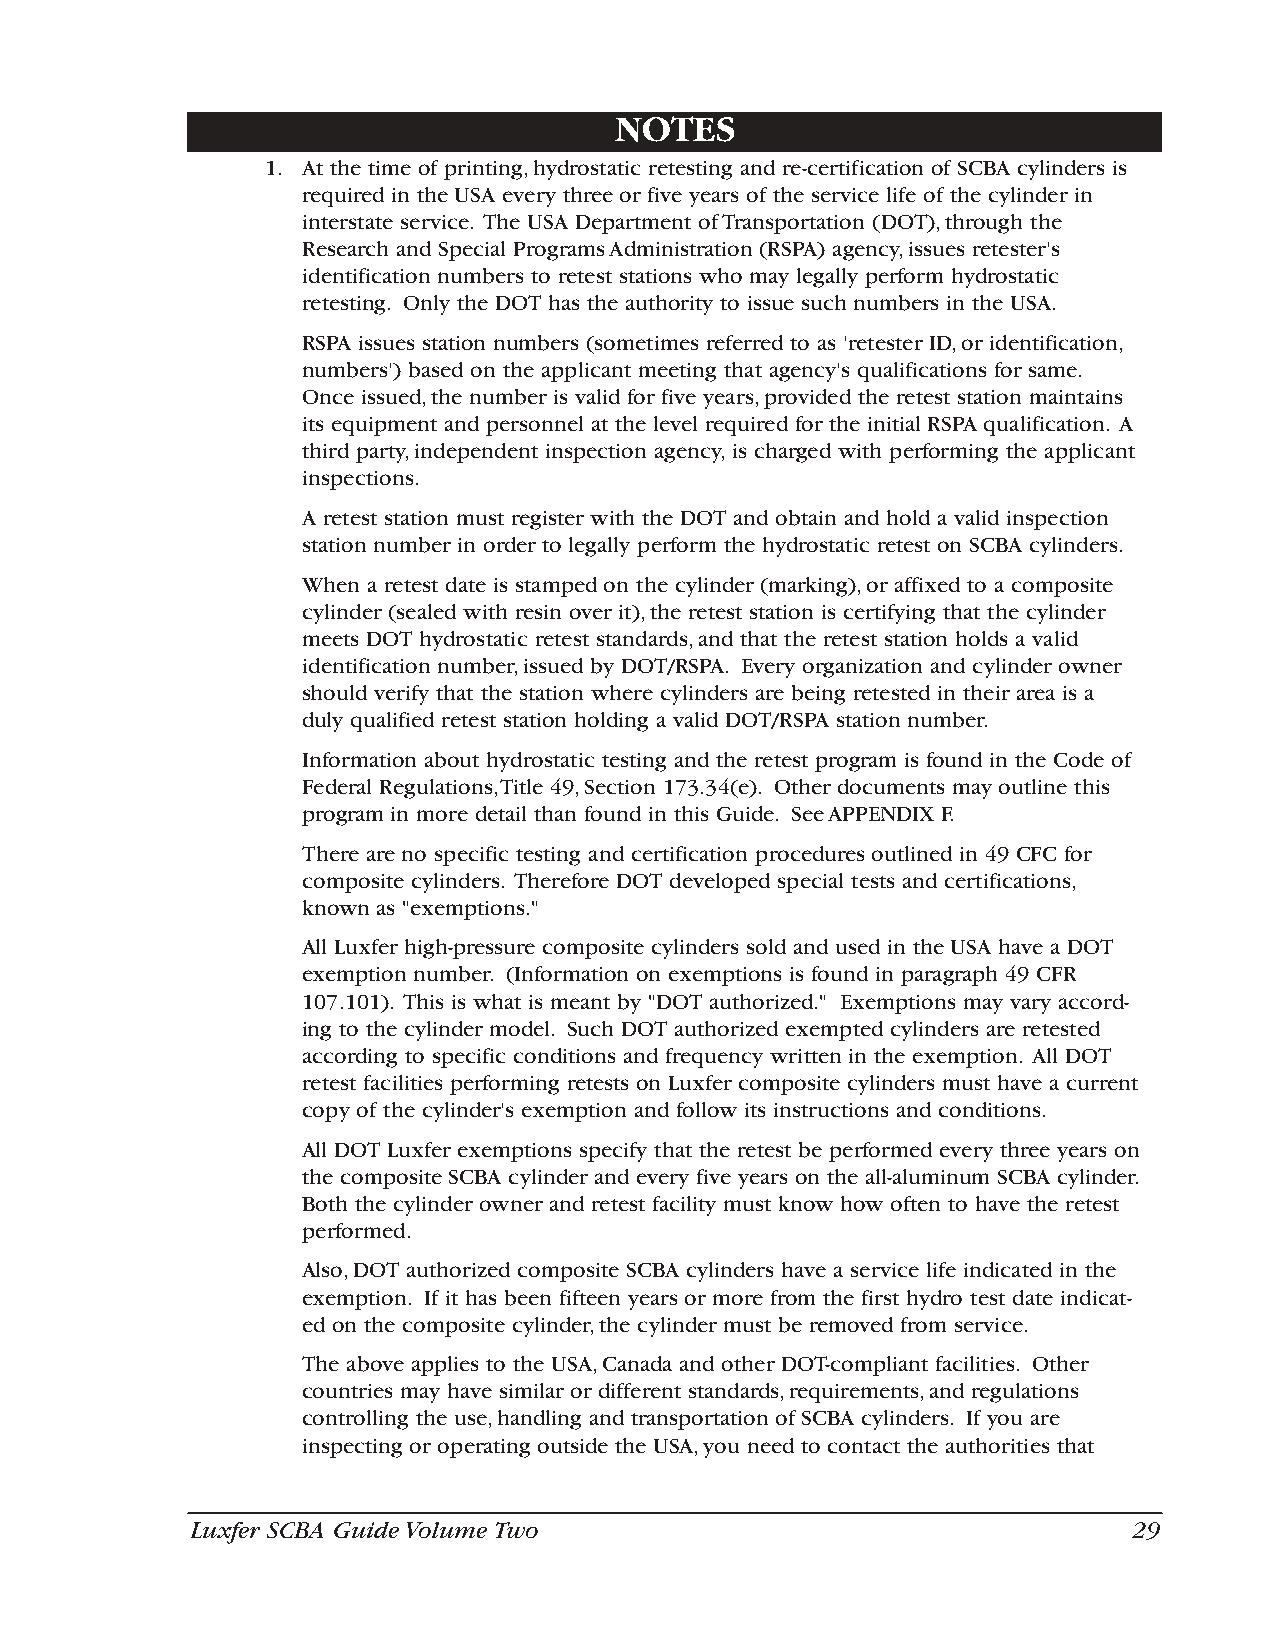
NOTES
 1. At the time of printing,hydrostatic retesting and re-certification of SCBA cylinders is
 required in the USA every three or five years of the service life of the cylinder in
 interstate service. The USA Department of Transportation (DOT),through the
 Research and Special Programs Administration (RSPA) agency,issues retester's
 identification numbers to retest stations who may legally perform hydrostatic
 retesting. Only the DOT has the authority to issue such numbers in the USA.
 RSPA issues station numbers (sometimes referred to as 'retester ID,or identification,
 numbers') based on the applicant meeting that agency's qualifications for same.
 Once issued,the number is valid for five years,provided the retest station maintains
 its equipment and personnel at the level required for the initial RSPA qualification. A
 third party,independent inspection agency, is charged with performing the applicant
 inspections.
 A retest station must register with the DOT and obtain and hold a valid inspection
 station number in order to legally perform the hydrostatic retest on SCBA cylinders.
 When a retest date is stamped on the cylinder (marking),or affixed to a composite
 cylinder (sealed with resin over it),the retest station is certifying that the cylinder
 meets DOT hydrostatic retest standards,and that the retest station holds a valid
 identification number,issued by DOT/RSPA. Every organization and cylinder owner
 should verify that the station where cylinders are being retested in their area is a
 duly qualified retest station holding a valid DOT/RSPA station number.
 Information about hydrostatic testing and the retest program is found in the Code of
 Federal Regulations,Title 49,Section 173.34(e). Other documents may outline this
 program in more detail than found in this Guide. See APPENDIX F.
 There are no specific testing and certification procedures outlined in 49 CFC for
 composite cylinders. Therefore DOT developed special tests and certifications,
 known as "exemptions."
 All Luxfer high-pressure composite cylinders sold and used in the USA have a DOT
 exemption number. (Information on exemptions is found in paragraph 49 CFR
 107.101). This is what is meant by "DOT authorized." Exemptions may vary accord-
 ing to the cylinder model. Such DOT authorized exempted cylinders are retested
 according to specific conditions and frequency written in the exemption. All DOT
 retest facilities performing retests on Luxfer composite cylinders must have a current
 copy of the cylinder's exemption and follow its instructions and conditions.
 All DOT Luxfer exemptions specify that the retest be performed every three years on
 the composite SCBA cylinder and every five years on the all-aluminum SCBA cylinder.
 Both the cylinder owner and retest facility must know how often to have the retest
 performed.
 Also,DOT authorized composite SCBA cylinders have a service life indicated in the
 exemption. If it has been fifteen years or more from the first hydro test date indicat-
 ed on the composite cylinder,the cylinder must be removed from service.
 The above applies to the USA,Canada and other DOT-compliant facilities. Other
 countries may have similar or different standards,requirements,and regulations
 controlling the use,handling and transportation of SCBA cylinders. If you are
 inspecting or operating outside the USA,you need to contact the authorities that
 Luxfer SCBA Guide Volume Two                                  29